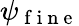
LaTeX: \psi_{\mathrm{~f~i~n~e~}}